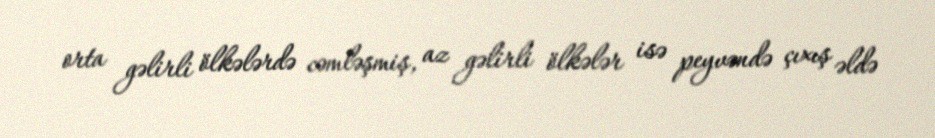
orta gəlirli ölkələrdə cəmləşmiş, az gəlirli ölkələr isə peyvəndə çıxış əldə